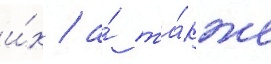
и́х / а́ та́кже